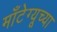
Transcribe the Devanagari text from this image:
माँटेग्यूच्या